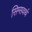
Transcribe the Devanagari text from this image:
सिग्सवर्थ